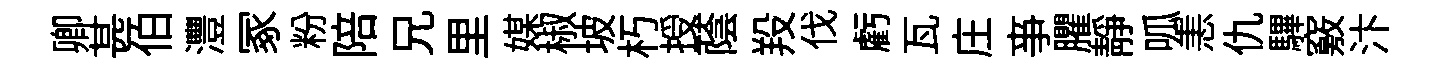
卿甚伯灃冢粉陪兄里媒椒坡朽授蔭羖伐虧瓦庄亊臞靜呱恚仇驆竅汴